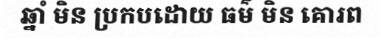
ឆ្នាំ មិន ប្រកបដោយ ធម៌ មិន គោរព